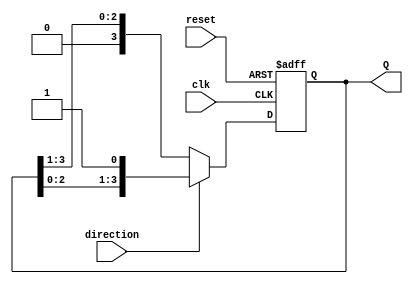
module AsynchronousShiftCounter (
    input wire clk,          // Clock signal
    input wire reset,        // Asynchronous reset signal
    input wire direction,     // Control signal: 1 for increment, 0 for decrement
    output reg [n-1:0] Q     // Counter output (n-bit wide)
);
    parameter n = 4; // Define the width of the counter (can be changed as needed)

    always @(posedge clk or posedge reset) begin
        if (reset) begin
            Q <= 0; // Reset the counter to zero
        end else begin
            if (direction) begin
                // Increment: Shift left and add a new LSB (1)
                Q <= {Q[n-2:0], 1'b1}; // Shift left and set LSB to 1
            end else begin
                // Decrement: Shift right and add a new LSB (0)
                Q <= {1'b0, Q[n-1:1]}; // Shift right and set MSB to 0
            end
        end
    end
endmodule